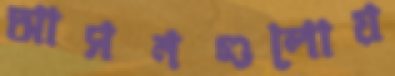
আসনগুলোয়